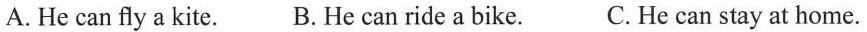
A. He can fly a kite. B.He can ride a bike. C. He can stay at home.